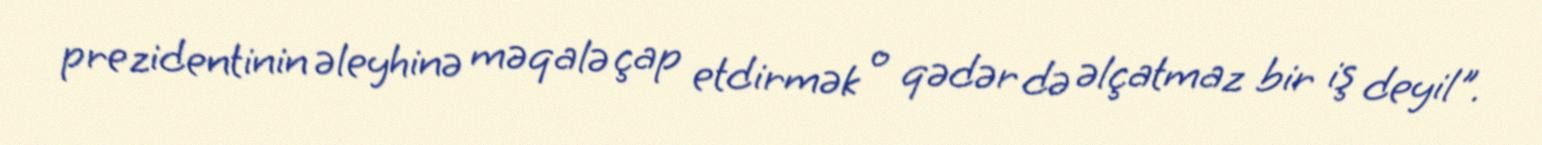
prezidentinin əleyhinə məqalə çap etdirmək o qədər də əlçatmaz bir iş deyil".